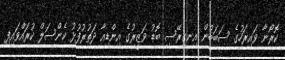
ކޮރޯނާ ވައިރަހުގެ ސަބަބުން އިނގިރޭސި ބޮޑު ވަޒީރުގެ އިންޑިއާ ދަތުރުފުޅު ކެންސަލް ކުރައްވައިފި